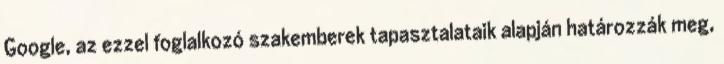
Google, az ezzel foglalkozó szakemberek tapasztalataik alapján határozzák meg,